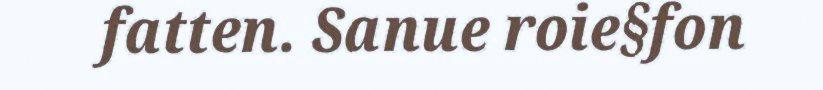
fatten. Sanue roie§fon